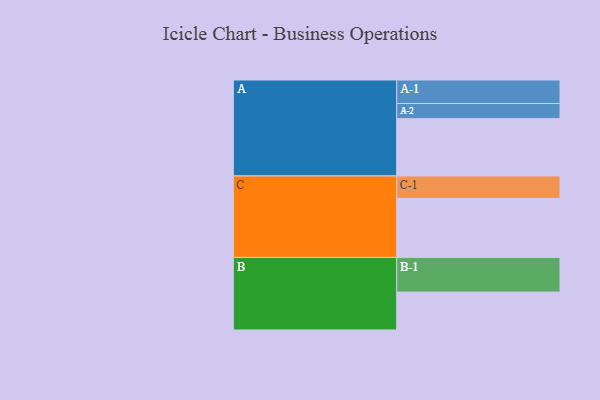
{"axis": {"x": "Segment", "y": "Value"}, "legend": ["", "A", "B", "C"], "data": [{"x": "A", "y": 478, "type": ""}, {"x": "B", "y": 316, "type": ""}, {"x": "C", "y": 492, "type": ""}, {"x": "A-1", "y": 196, "type": "A"}, {"x": "A-2", "y": 126, "type": "A"}, {"x": "B-1", "y": 289, "type": "B"}, {"x": "C-1", "y": 187, "type": "C"}]}